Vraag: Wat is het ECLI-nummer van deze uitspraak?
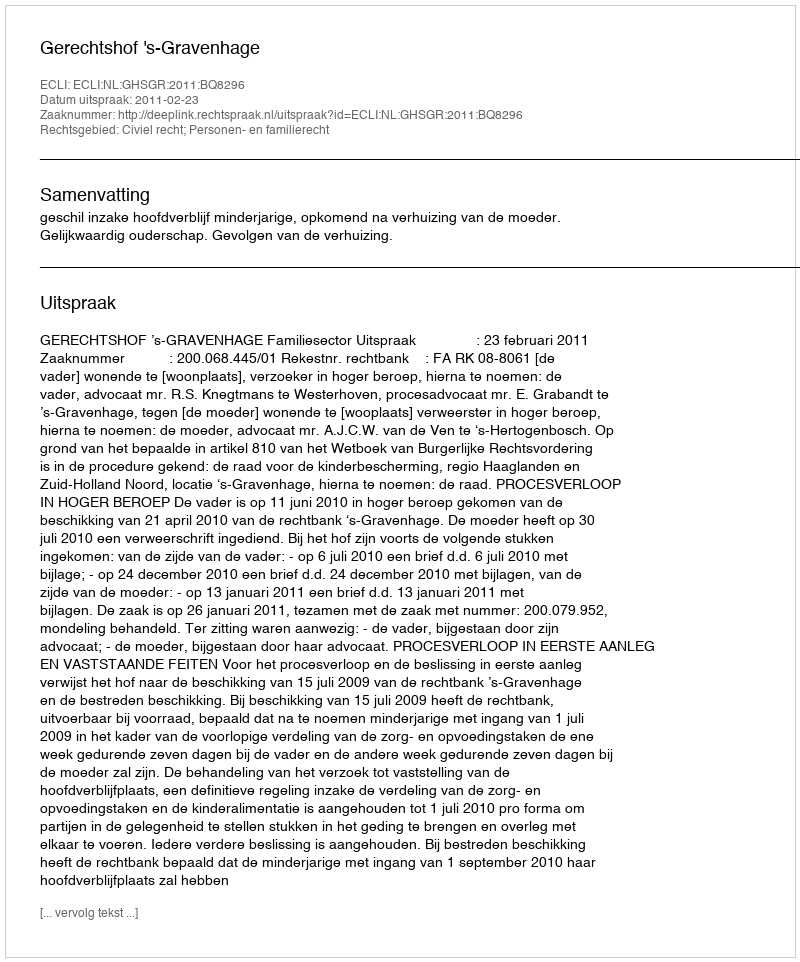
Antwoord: ECLI:NL:GHSGR:2011:BQ8296